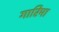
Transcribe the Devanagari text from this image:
गारिमा